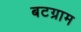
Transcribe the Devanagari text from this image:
बटग्राम